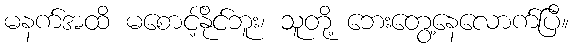
မနက်အထိ မစောင့်နိုင်ဘူး၊ သူတို့ ဘေးတွေ့နေလောက်ပြီ။